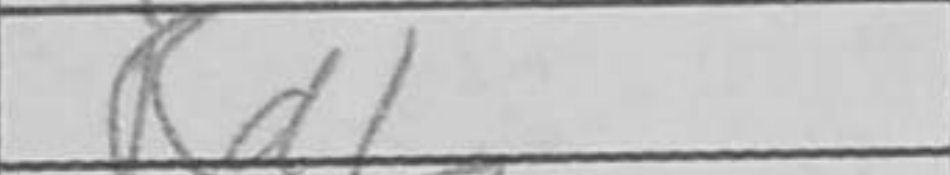
Transcription: Rd1